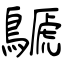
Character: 鷈